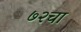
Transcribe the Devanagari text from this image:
७२चा